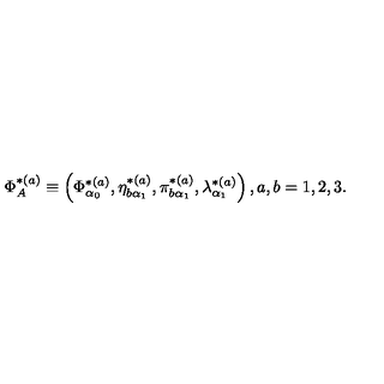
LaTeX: \Phi _ { A } ^ { * ( a ) } \equiv \left( \Phi _ { \alpha _ { 0 } } ^ { * ( a ) } , \eta _ { b \alpha _ { 1 } } ^ { * ( a ) } , \pi _ { b \alpha _ { 1 } } ^ { * ( a ) } , \lambda _ { \alpha _ { 1 } } ^ { * ( a ) } \right) , a , b = 1 , 2 , 3 .